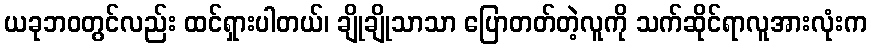
ယခုဘဝတွင်လည်း ထင်ရှားပါတယ်၊ ချိုချိုသာသာ ပြောတတ်တဲ့လူကို သက်ဆိုင်ရာလူအားလုံးက